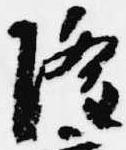
隆